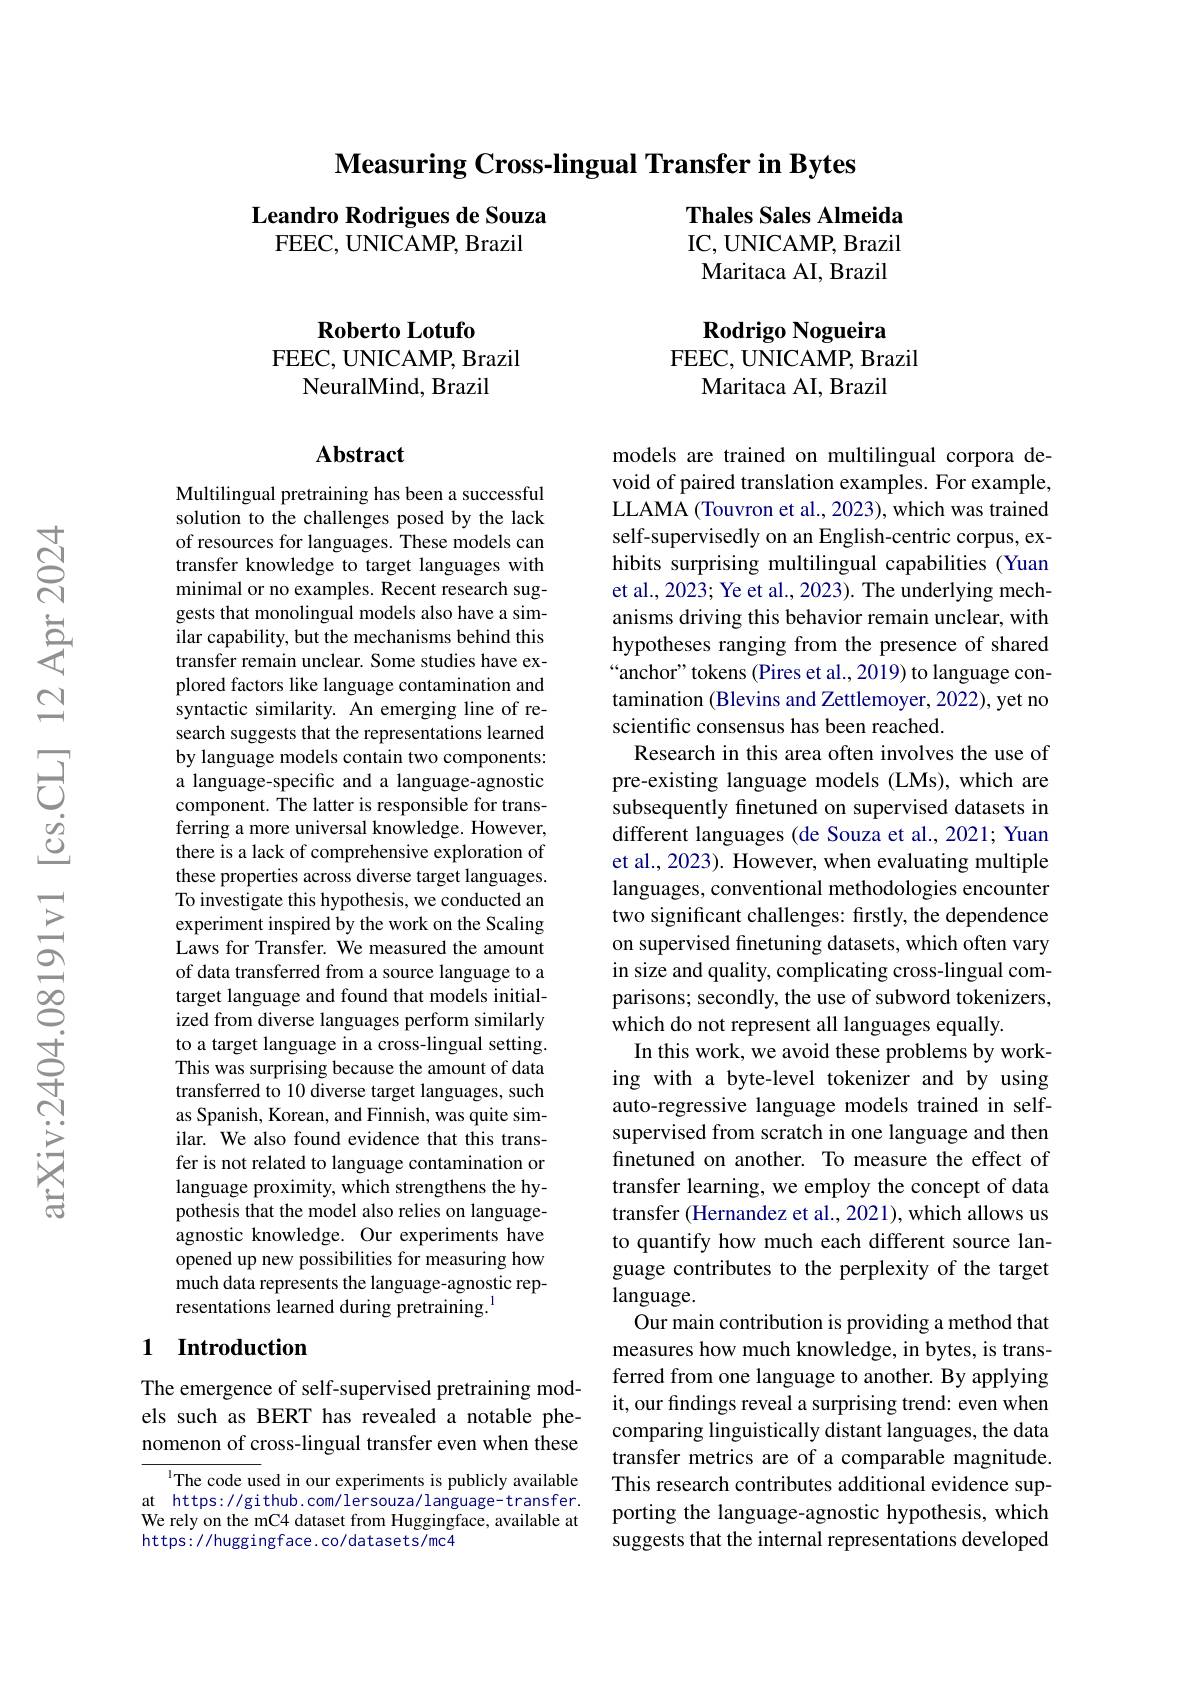
$\textbf{Measuring Cross- lingual Transfer in Bytes}$

### Leandro Rodrigues de Souza FEEC, UNICAMP, Brazil

Thales Sales Almeida IC, UNICAMP, Brazil Maritaca AI, Brazil

Roberto Lotufo
FEEC, UNICAMP, Brazil
NeuralMind, Brazil

Rodrigo Nogueira
FEEC, UNICAMP, Brazil
Maritaca AI, Brazil

### $\mathbf{Abstract}$

Multilingual pretraining has been a successful solution to the challenges posed by the lack of resources for languages. These models can transfer knowledge to target languages with minimal or no examples. Recent research suggests that monolingual models also have a similar capability, but the mechanisms behind this transfer remain unclear. Some studies have explored factors like language contamination and syntactic similarity. An emerging line of research suggests that the representations learned by language models contain two components: a language-specific and a language-agnostic component. The latter is responsible for transferring a more universal knowledge. However, there is a lack of comprehensive exploration of these properties across diverse target languages. To investigate this hypothesis, we conducted an experiment inspired by the work on the Scaling Laws for Transfer. We measured the amount of data transferred from a source language to a target language and found that models initialized from diverse languages perform similarly to a target language in a cross-lingual setting. This was surprising because the amount of data transferred to 10 diverse target languages, such as Spanish, Korean, and Finnish, was quite similar. We also found evidence that this transfer is not related to language contamination or language proximity, which strengthens the hypothesis that the model also relies on languageagnostic knowledge. Our experiments have opened up new possibilities for measuring how much data represents the language-agnostic representations learned during pretraining.$^{1}$

models are trained on multilingual corpora devoid of paired translation examples. For example, LLAMA (Touvron et al., 2023), which was trained self-supervisedly on an English-centric corpus, exhibits surprising multilingual capabilities (Yuan et al., 2023; Ye et al., 2023). The underlying mechanisms driving this behavior remain unclear, with hypotheses ranging from the presence of shared “anchor”tokens (Pires et al., 2019) to language contamination (Blevins and Zettlemoyer, 2022), yet no scientific consensus has been reached
Research in this area often involves the use of pre-existing language models (LMs), which are subsequently finetuned on supervised datasets in different languages (de Souza et al., 2021; Yuan et al., 2023). However, when evaluating multiple languages, conventional methodologies encounter two significant challenges: firstly, the dependence on supervised finetuning datasets, which often vary in size and quality, complicating cross-lingual comparisons; secondly, the use of subword tokenizers, which do not represent all languages equally.
In this work, we avoid these problems by working with a byte-level tokenizer and by using auto-regressive language models trained in selfsupervised from scratch in one language and then finetuned on another. To measure the effect of transfer learning, we employ the concept of data transfer (Hernandez et al., 2021), which allows us to quantify how much each different source language contributes to the perplexity of the target language.
Our main contribution is providing a method that measures how much knowledge, in bytes, is transferred from one language to another. By applying it, our findings reveal a surprising trend: even when comparing linguistically distant languages, the data transfer metrics are of a comparable magnitude. This research contributes additional evidence supporting the language-agnostic hypothesis, which suggests that the internal representations developed

## 1 Introduction

The emergence of self-supervised pretraining models such as BERT has revealed a notable phenomenon of cross-lingual transfer even when these

The code used in our experiments is publicly available at https://github.com/lersouza/language-transfer. We rely on the mC4 dataset from Huggingface, available at https://huggingface.co/datasets/mc4